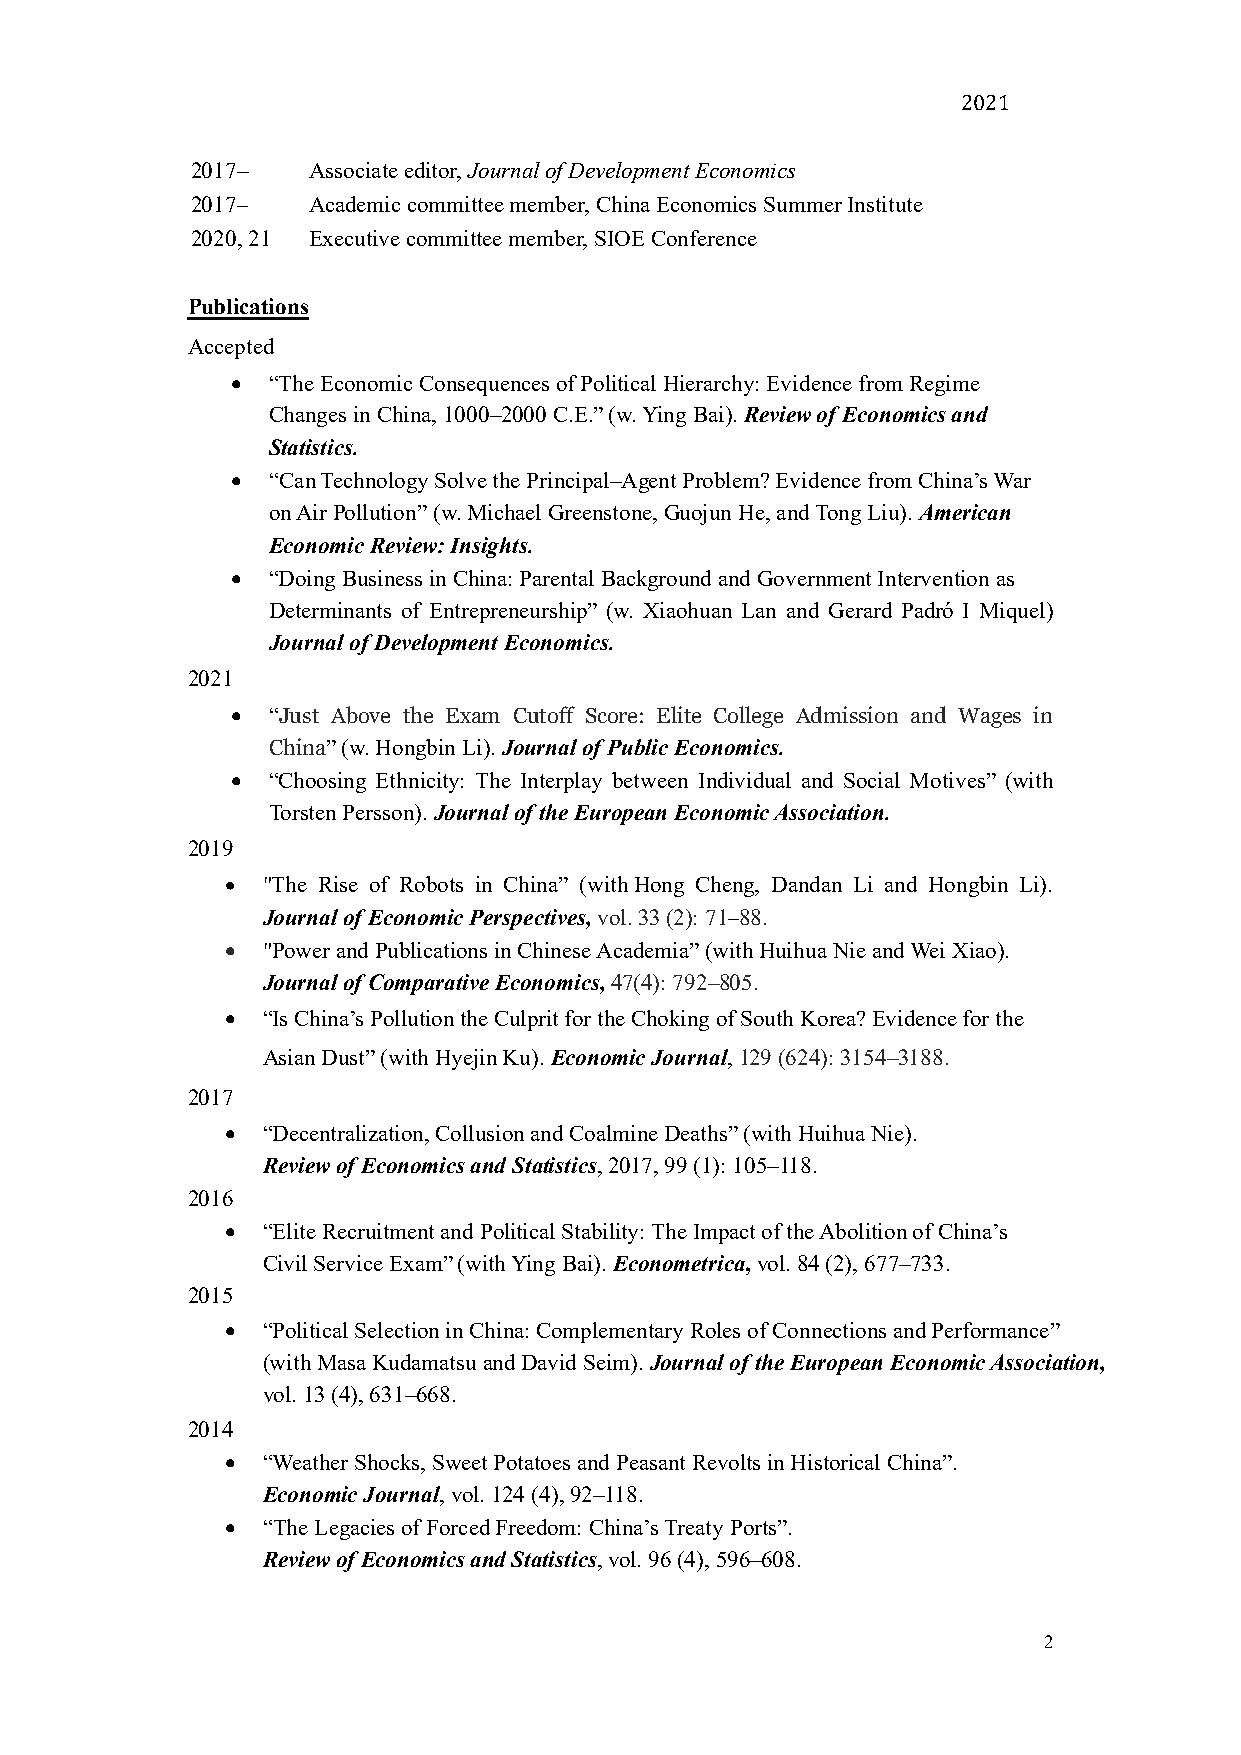
2021
 2017–  Associate editor, Journal of Development Economics
 2017–⁠ Academic committee member, China Economics Summer Institute
 2020, 21 Executive committee member, SIOE Conference
 Publications
 Accepted
 •  “The Economic Consequences of Political Hierarchy: Evidence from Regime
 Changes in China, 1000–2000 C.E.” (w. Ying Bai). Review of Economics and
 Statistics.
 •  “Can Technology Solve the Principal–Agent Problem? Evidence from China’s War
 on Air Pollution” (w. Michael Greenstone, Guojun He, and Tong Liu). American
 Economic Review: Insights.
 •  “Doing Business in China: Parental Background and Government Intervention as
 Determinants of Entrepreneurship” (w. Xiaohuan Lan and Gerard Padró I Miquel)
 Journal of Development Economics.
 2021
 •  “Just Above the Exam Cutoff Score: Elite College Admission and Wages in
 China” (w. Hongbin Li). Journal of Public Economics.
 •  “Choosing Ethnicity: The Interplay between Individual and Social Motives” (with
 Torsten Persson). Journal of the European Economic Association.
 2019
 • "The Rise of Robots in China” (with Hong Cheng, Dandan Li and Hongbin Li).
 Journal of Economic Perspectives, vol. 33 (2): 71–8⁠ 8.
 • "Power and Publications in Chinese Academia” (with Huihua Nie and Wei Xiao).
 Journal of Comparative Economics, 47(4): 792–805.
 • “Is China’s Pollution the Culprit for the Choking of South Korea? Evidence for the
 Asian Dust” (with Hyejin Ku). Economic Journal, 129 (624): 3154–3188.
 2017
 • “Decentralization, Collusion and Coalmine Deaths” (with Huihua Nie).
 Review of Economics and Statistics, 2017, 99 (1): 105–118.
 2016
 • “Elite Recruitment and Political Stability: The Impact of the Abolition of China’s
 Civil Service Exam” (with Ying Bai). Econometrica, vol. 84 (2), 677–733.
 2015
 • “Political Selection in China: Complementary Roles of Connections and Performance”
 (with Masa Kudamatsu and David Seim). Journal of the European Economic Association,
 vol. 13 (4), 631–668.
 2014
 • “Weather Shocks, Sweet Potatoes and Peasant Revolts in Historical China”.
 Economic Journal, vol. 124 (4), 92–118.
 • “The Legacies of Forced Freedom: China’s Treaty Ports”.
 Review of Economics and Statistics, vol. 96 (4), 596–608.
 2